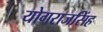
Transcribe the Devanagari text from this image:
योगराजसिंह